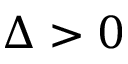
\Delta > 0